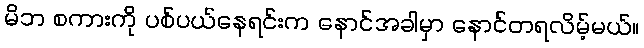
မိဘ စကားကို ပစ်ပယ်နေရင်းက နောင်အခါမှာ နောင်တရလိမ့်မယ်။